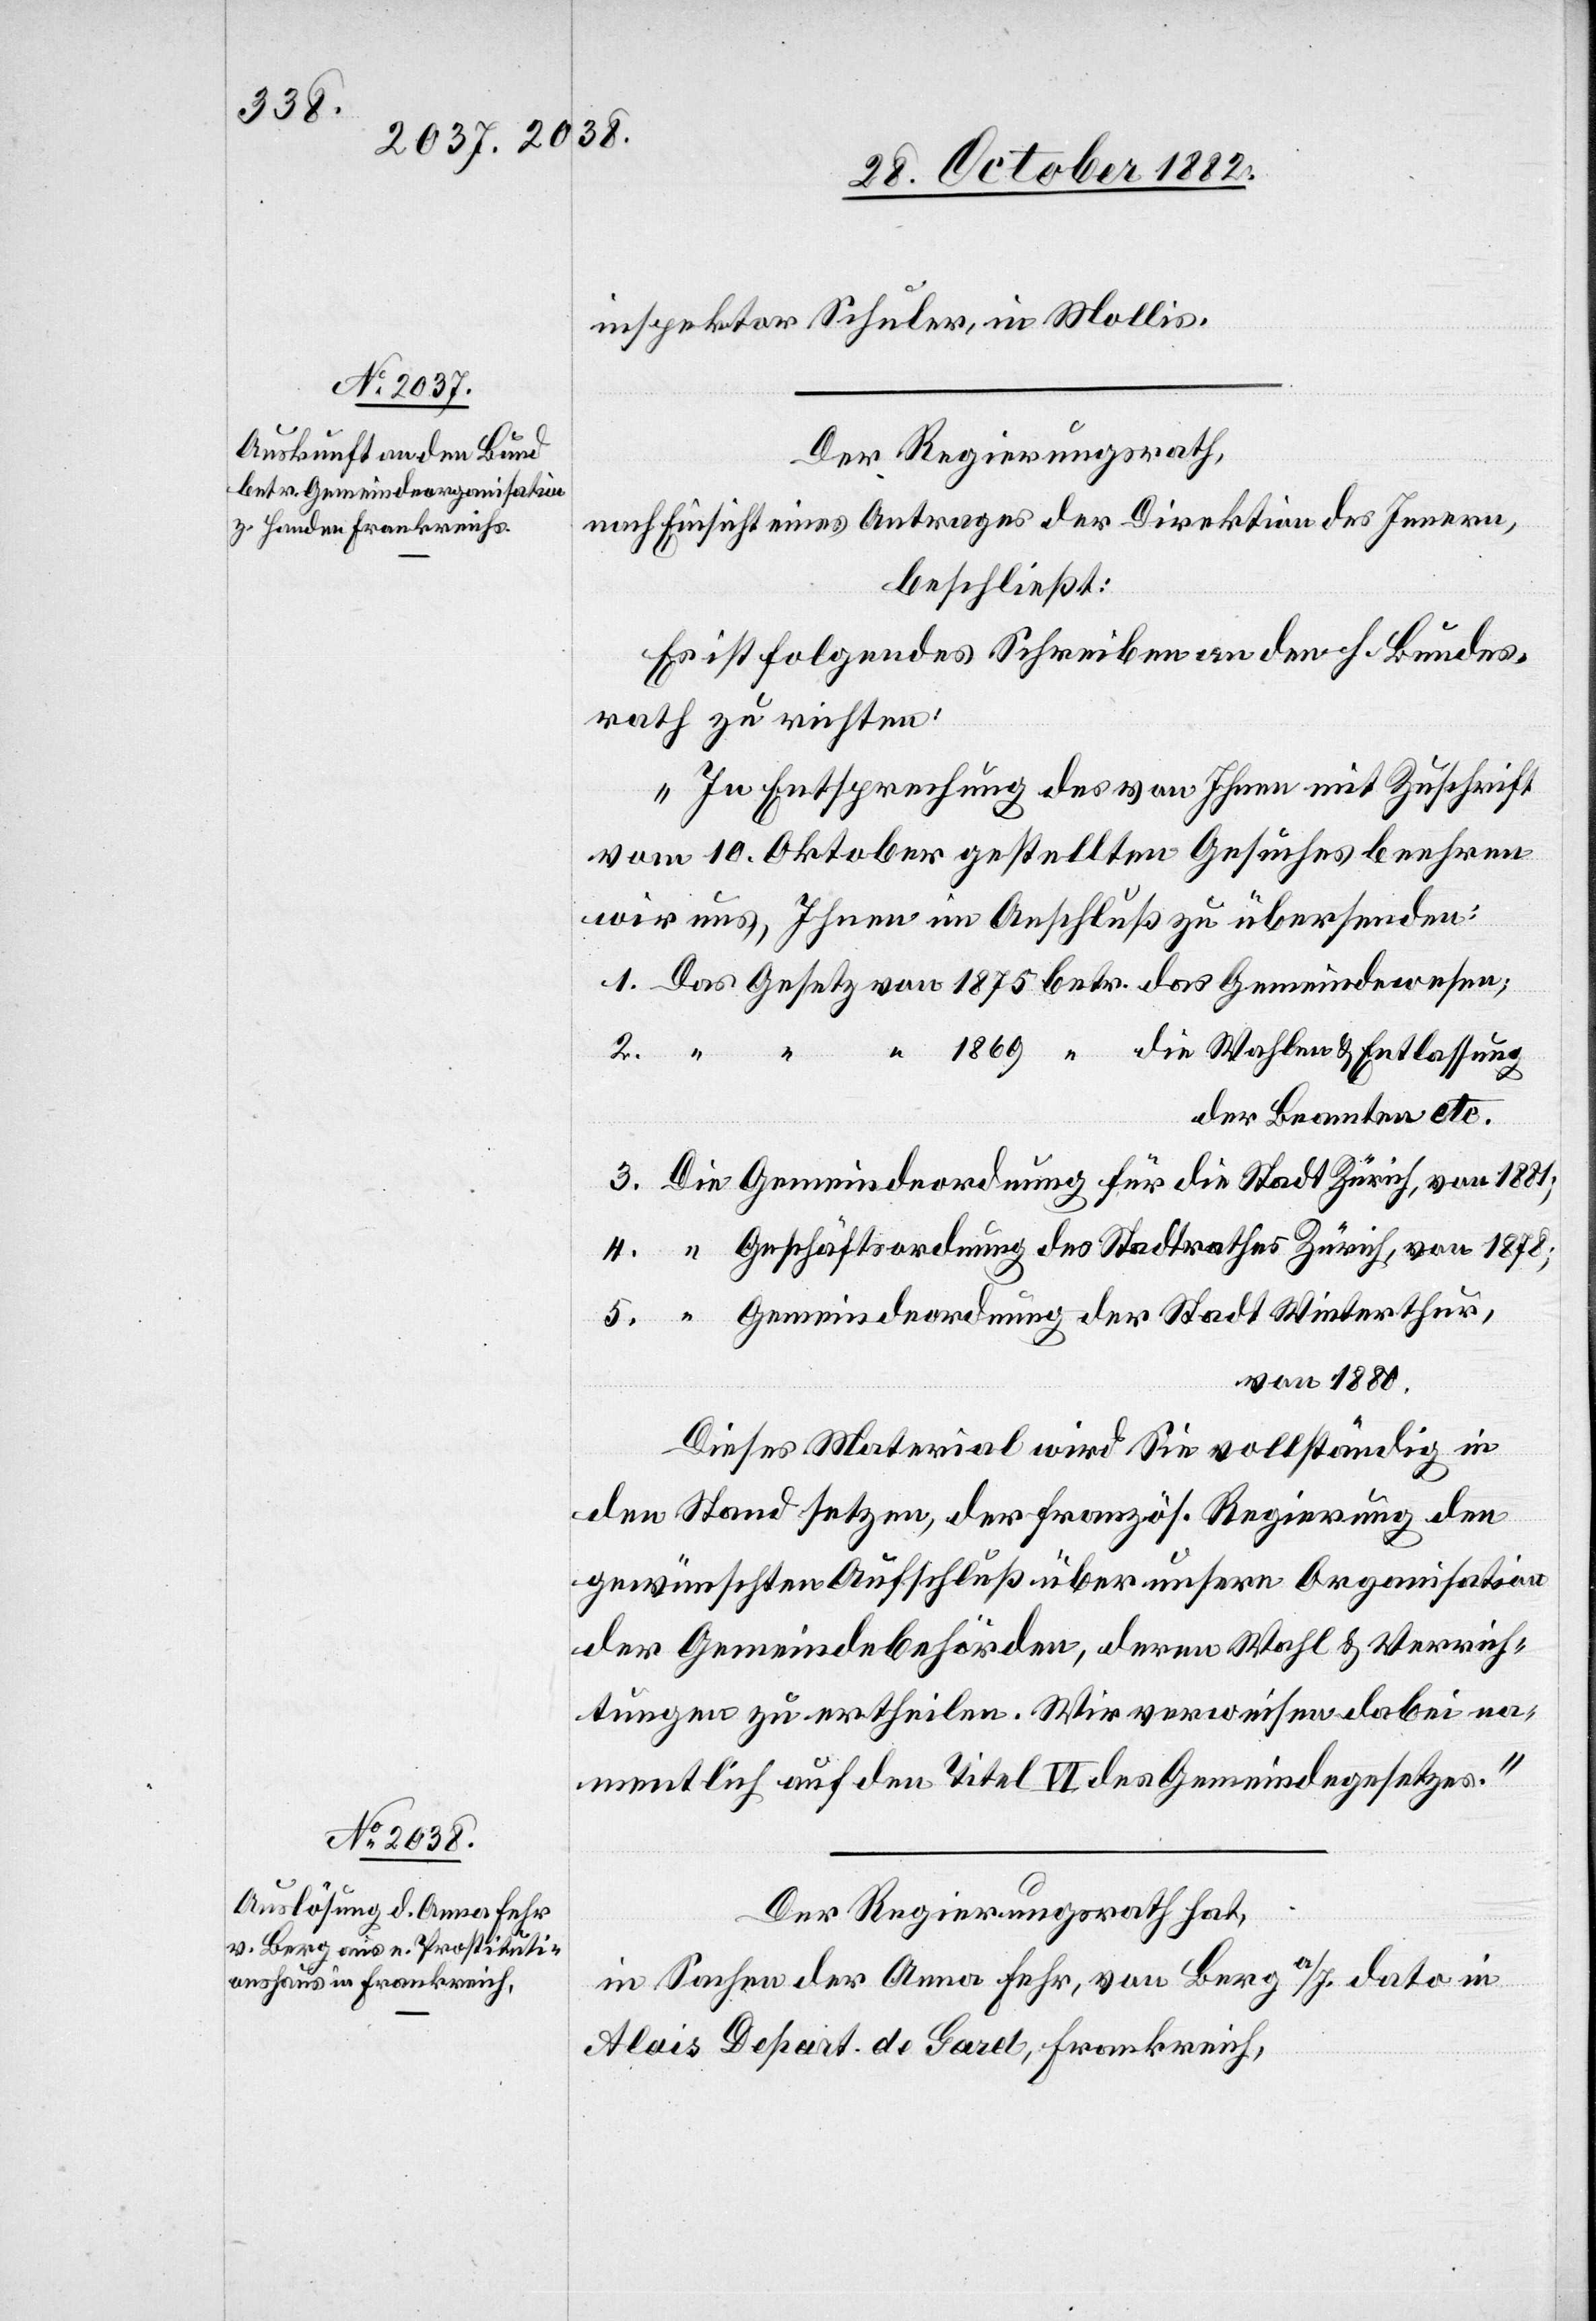
inspektor Schuler, in Mollis.
Der Regierungsrath,
nach Einsicht eines Antrages der Direktion des Innern,
beschließt:
Es ist folgendes Schreiben an den h. Bundes¬
rath zu richten:
„In Entsprechung des von Ihnen mit Zuschrift
vom 10. Oktober gestellten Gesuches beehren
wir aus, Ihnen im Anschluß zu übersenden:
Die
für die Stadt
der Beamten etc.
Geschäftsordnung des Stadtrathes Zürich, von 1881;
Gemeindeordnung der Stadt Winterthur,
von 1880.
Dieses Material wird Sie vollständig in
den Stand setzen, der französ. Regierung den
gewünschten Aufschluß über unsere Organisation
der Gemeindebehörden, deren Wahl & Verrich¬
tungen zu ertheilen. Wir verweisen dabei na¬
mentlich auf den Titel VI des Gemeindegesetzes.“
Der Regierungsrath hat,
Gemein¬
5.
in Sachen der Anna Fehr, von Berg a/I. dato in
Alais Depart. de Gard, Frankreich,